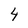
Character: 4